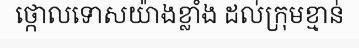
ថ្កោលទោសយ៉ាងខ្លាំង ដល់ក្រុមខ្មាន់